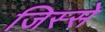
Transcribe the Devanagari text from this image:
जिस्‍से